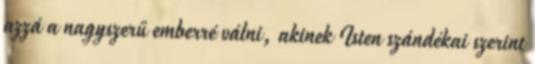
azzá a nagyszerű emberré válni, akinek Isten szándékai szerint